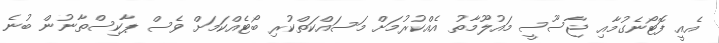
އެއީ ފޮޓޯނެގުމާއި ޖާސޫސީ މައުލޫމާތު އެއްކުރުމަށް މަސައްކަތްކުރި ބޯޓެއްކަމަށް ވެސް ޕާކިސްތާނުން ބުނެ